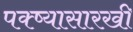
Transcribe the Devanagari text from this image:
पक्ष्यासारखी